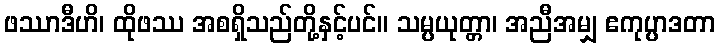
ဖဿာဒီဟိ၊ ထိုဖဿ အစရှိသည်တို့နှင့်ပင်။ သမ္ပယုတ္တာ၊ အညီအမျှ ဧကုပ္ပာဒတာ